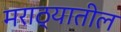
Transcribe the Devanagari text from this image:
मराठ्यातील